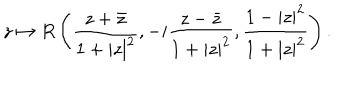
z \mapsto R \left( \frac { z + \bar { z } } { 1 + | z | ^ { 2 } } , - i \frac { z - \bar { z } } { 1 + | z | ^ { 2 } } , \frac { 1 - | z | ^ { 2 } } { 1 + | z | ^ { 2 } } \right) .